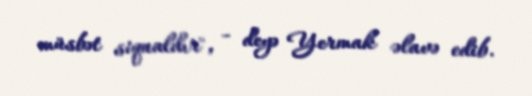
müsbət siqnaldır", - deyə Yermak əlavə edib.